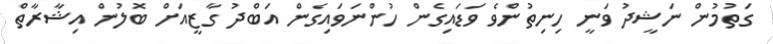
ގަތުމުން ނަޝީދު ވަނީ ހިނިތުންވެ ވަޑައިގެން ހުންނަވައިގެން އަބްދު ގާޒީއަށް ބޮލުން އިޝާރާތް